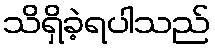
သိရှိခဲ့ရပါသည်